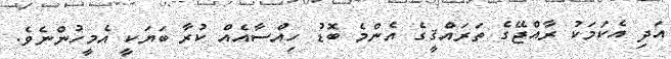
އަދި އެކަމަކު ރާއްޖޭގެ ތަރައްޤީގެ އެންމެ ބޮޑު ހިއްސާއެއް ކުރާ ބަޔަކީ އެމީހުންނެވެ.